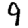
Digit: 9